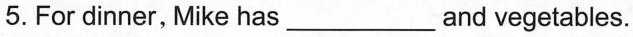
5.For dinner, Mike has___and vegetables